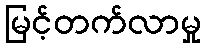
မြင့်တက်လာမှု